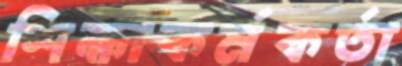
শিক্ষাকর্মকর্তা